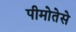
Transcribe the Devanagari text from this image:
पीमोतेसे